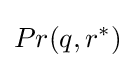
Pr(q,r^{*})